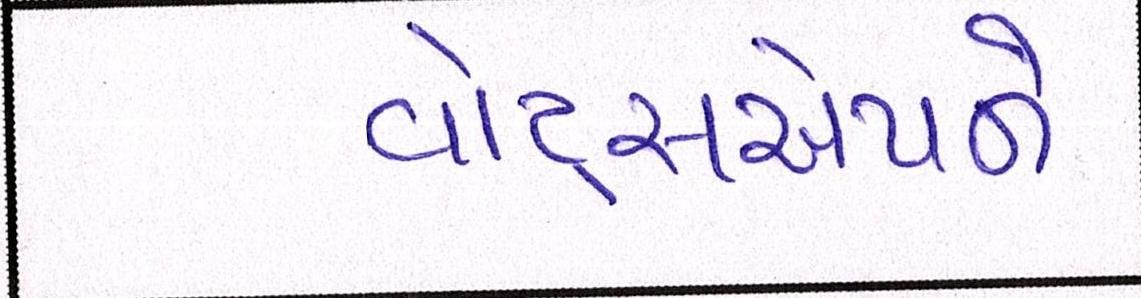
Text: વૉટ્સએપને